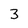
Character: 3